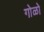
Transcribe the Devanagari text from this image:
गोळो